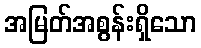
အမြတ်အစွန်းရှိသော